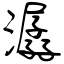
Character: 潺